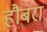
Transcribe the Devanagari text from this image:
हौबरा